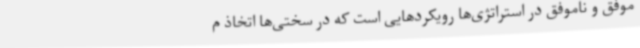
موفق و ناموفق در استراتژی‌ها رویکردهایی است که در سختی‌ها اتخاذ م